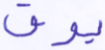
يوق